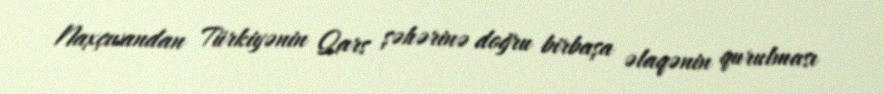
Naxçıvandan Türkiyənin Qars şəhərinə doğru birbaşa əlaqənin qurulması